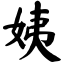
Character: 姨